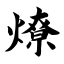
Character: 燎